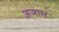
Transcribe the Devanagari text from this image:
अञाम